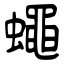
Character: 蠅